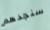
سنجدهم